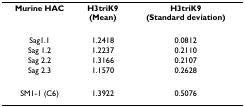
<table><thead><tr><td><b>Murine HAC</b></td><td><b>H3triK9(Mean)</b></td><td><b>H3triK9(Standard deviation)</b></td></tr></thead><tbody><tr><td>Sag1.1</td><td>1.2418</td><td>0.0812</td></tr><tr><td>Sag 1.2</td><td>1.2237</td><td>0.2110</td></tr><tr><td>Sag 2.2</td><td>1.3166</td><td>0.2107</td></tr><tr><td>Sag 2.3</td><td>1.1570</td><td>0.2628</td></tr><tr><td>SM1-1 (C6)</td><td>1.3922</td><td>0.5076</td></tr></tbody></table>